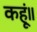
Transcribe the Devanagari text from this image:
कहूं॥